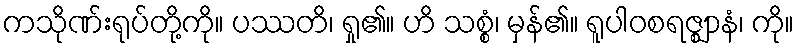
ကသိုဏ်းရုပ်တို့ကို။ ပဿတိ၊ ရှု၏။ ဟိ သစ္စံ၊ မှန်၏။ ရူပါဝစရဇ္ဈာနံ၊ ကို။